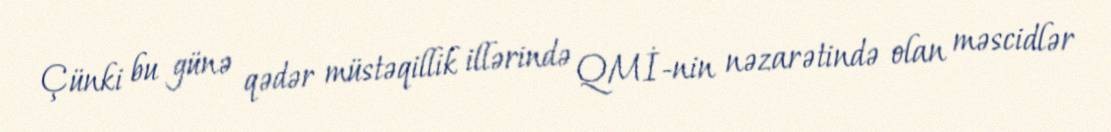
Çünki bu günə qədər müstəqillik illərində QMİ-nin nəzarətində olan məscidlər